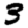
Digit: 3